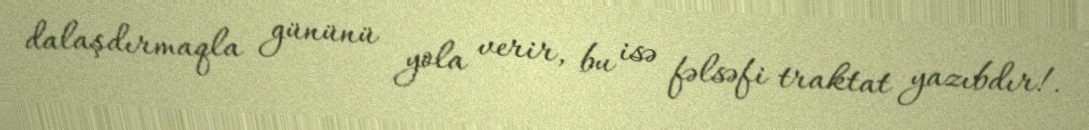
dalaşdırmaqla gününü yola verir, bu isə fəlsəfi traktat yazıbdır!.